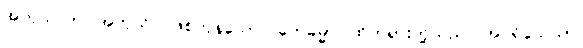
အကုသလာ၊ အကုသိုလ်ဖြစ်ကုန်သော။ တေဓမ္မာ၊ ထိုတရားတို့သည်။ အပရိသေသာ၊